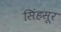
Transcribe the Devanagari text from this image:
सिंहसूर